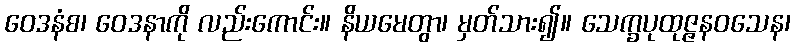
ဝေဒနံစ၊ ဝေဒနာကို လည်းကောင်း။ နိယမေတွာ၊ မှတ်သား၍။ သေက္ခပုထုဇ္ဇနဝသေန၊